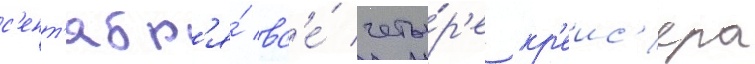
с'ент'ябр'я́ вс'е́ четы́р'е кр'еис'ера